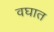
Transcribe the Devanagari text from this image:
वघात